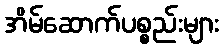
အိမ်ဆောက်ပစ္စည်းများ